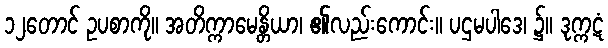
၁၂တောင် ဥပစာကို။ အတိက္ကာမေန္တိယာ၊ ၏လည်းကောင်း။ ပဌမပါဒေ၊ ၌။ ဒုက္ကဋံ